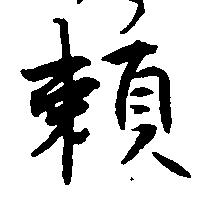
頼